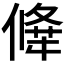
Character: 𠎕